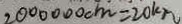
2 0 0 0 0 0 0 c m = 2 0 k m